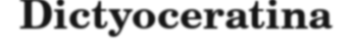
Dictyoceratina